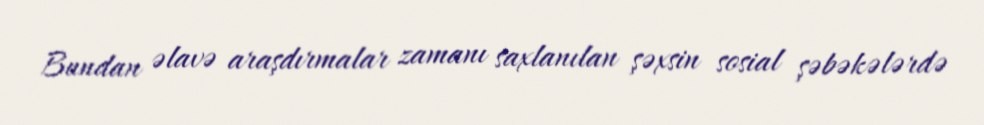
Bundan əlavə araşdırmalar zamanı saxlanılan şəxsin sosial şəbəkələrdə